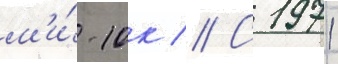
м'и́-10к // С 1971